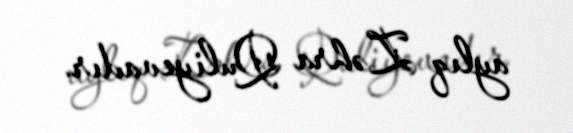
aylıq Zəhra Quliyevadır.